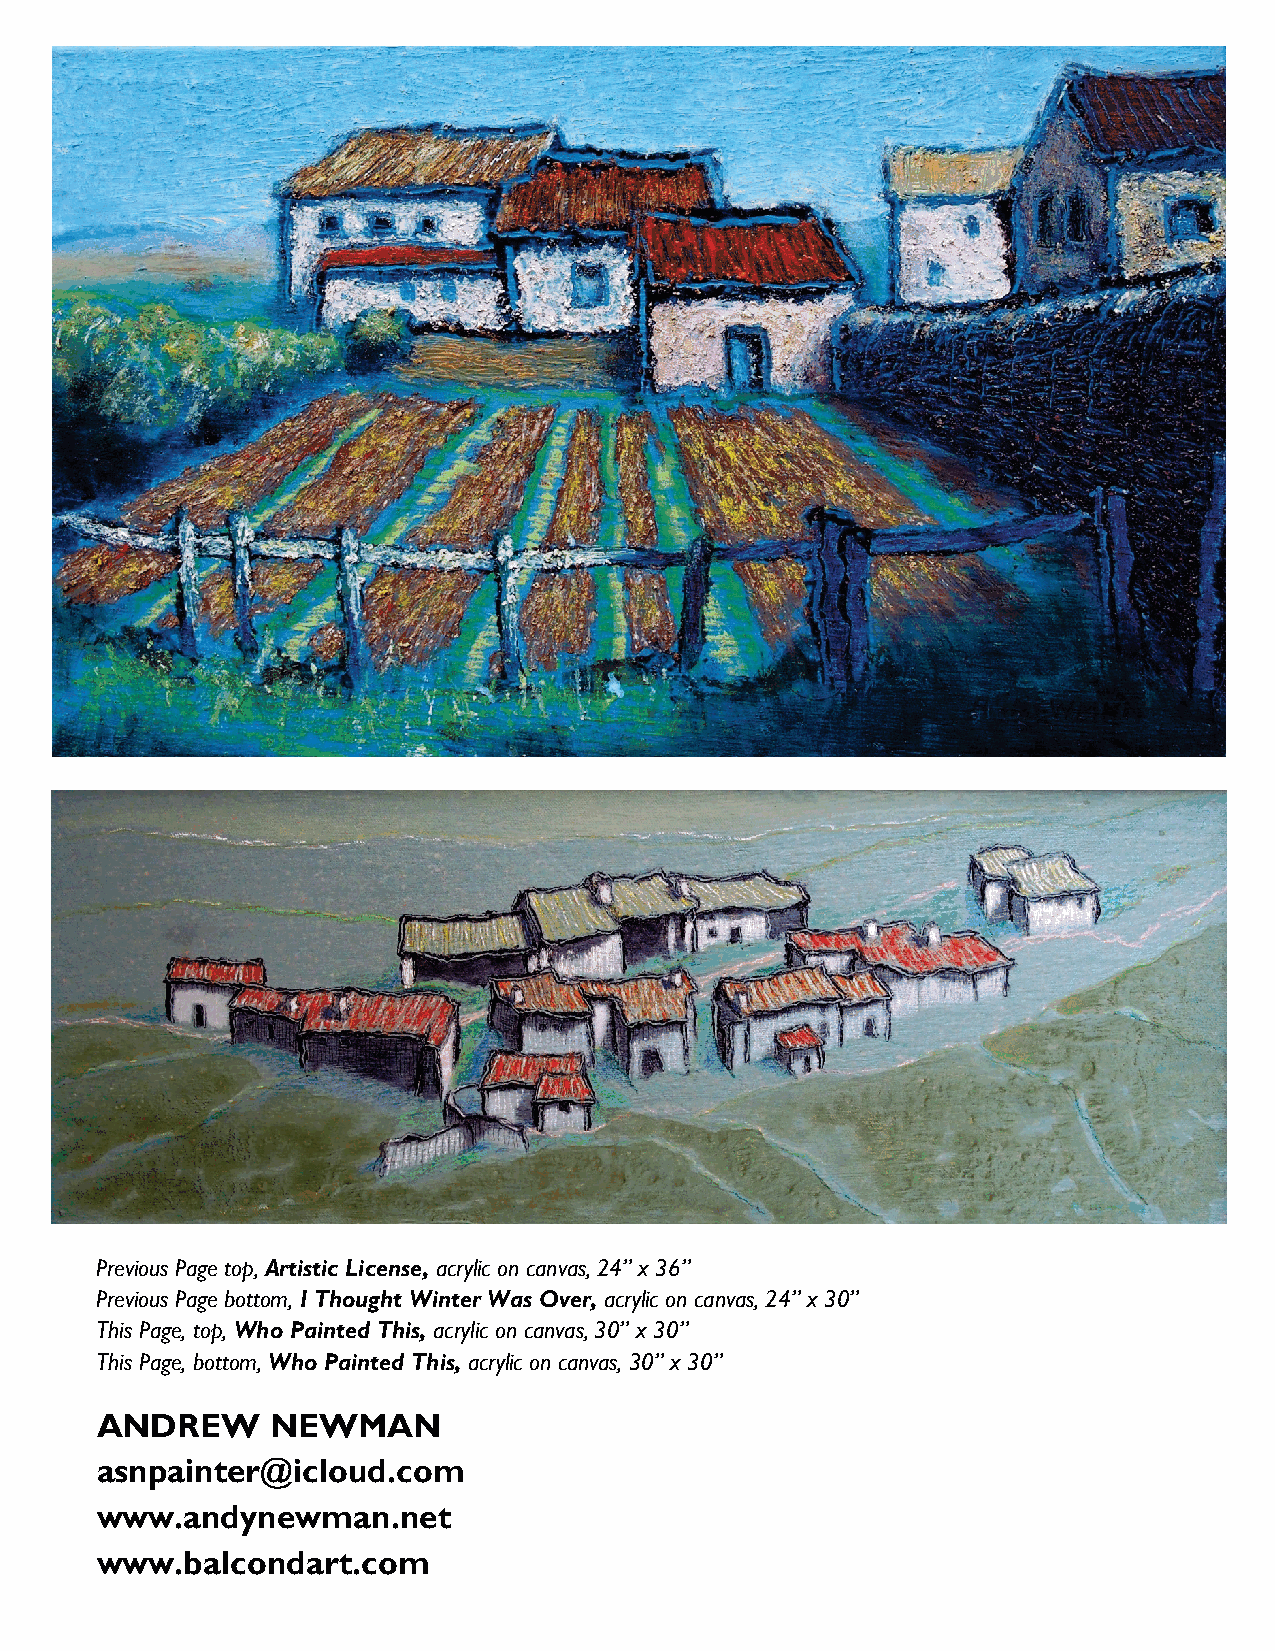
Previous Page top, Artistic License, acrylic on canvas, 24” x 36”
 Previous Page bottom, I Thought Winter Was Over, acrylic on canvas, 24” x 30”
 Thi s Page, top, Who Painted This, acrylic on canvas, 30” x 30”
 This Page, bottom, Who Painted This, acrylic on canvas, 30” x 30”
 A NDREW     NEWMAN
 asnpainter@icloud.com
 www.andynewman.net
 www.balcondart.com